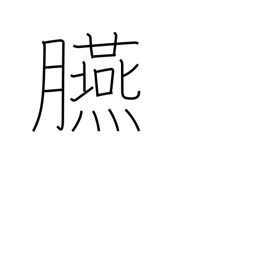
Meaning: rouge